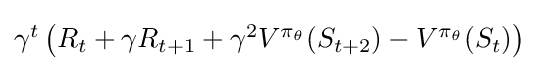
{\textstyle \gamma ^{t}\left(R_{t}+\gamma R_{t+1}+\gamma ^{2}V^{\pi _{\theta }}(S_{t+2})-V^{\pi _{\theta }}(S_{t})\right)}